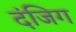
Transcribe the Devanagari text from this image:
दंजिग